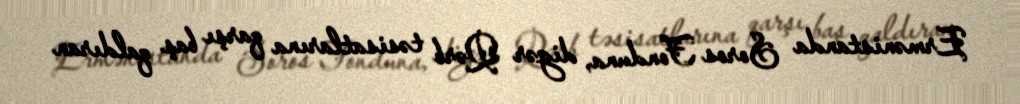
Ermənistanda Soros Fonduna, digər Qərb təsisatlarına qarşı baş qaldıran